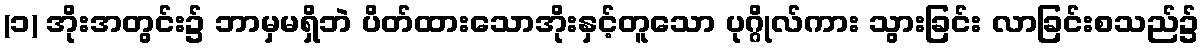
(၁) အိုးအတွင်း၌ ဘာမှမရှိဘဲ ပိတ်ထားသောအိုးနှင့်တူသော ပုဂ္ဂိုလ်ကား သွားခြင်း လာခြင်းစသည်၌